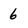
Character: 6